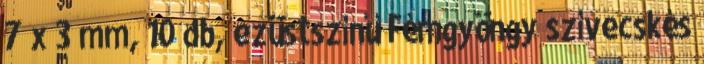
7 x 3 mm, 10 db, ezüstszínű Fémgyöngy szívecskés